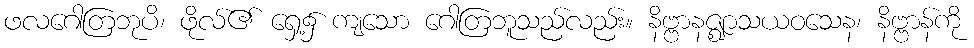
ဖလဂေါတြဘုပိ၊ ဖိုလ်၏ ရှေ့၌ ကျသော ဂေါတြဘူသည်လည်း။ နိဗ္ဗာနဇ္ဈာသယဝသေန၊ နိဗ္ဗာန်ကို